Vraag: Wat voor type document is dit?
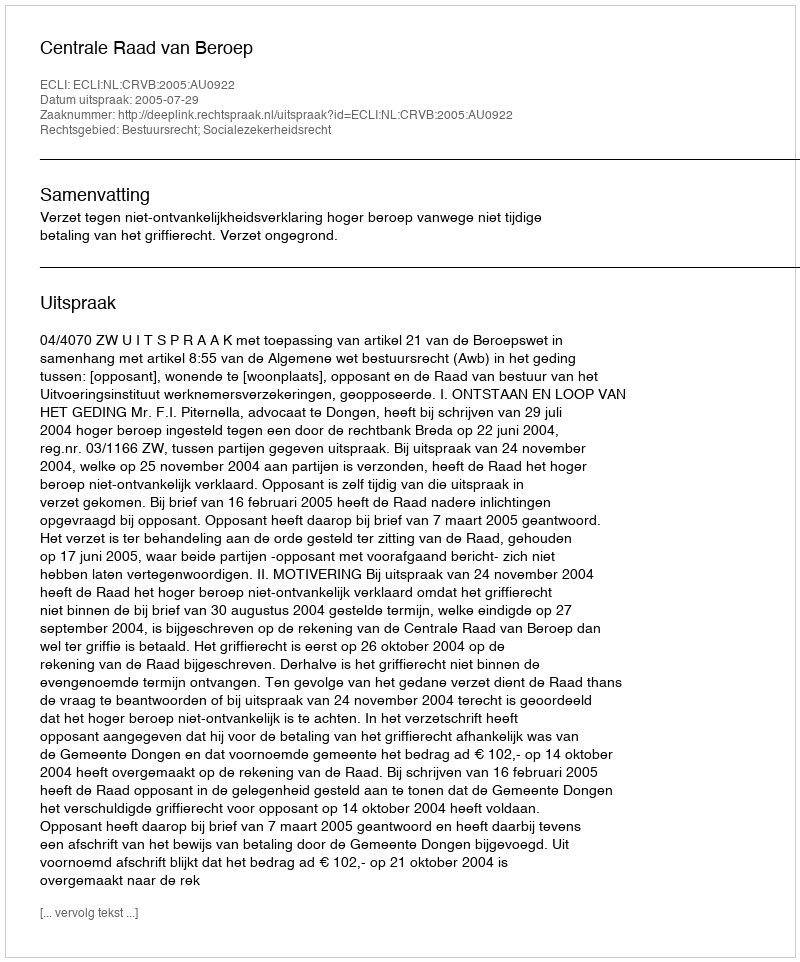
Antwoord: Uitspraak